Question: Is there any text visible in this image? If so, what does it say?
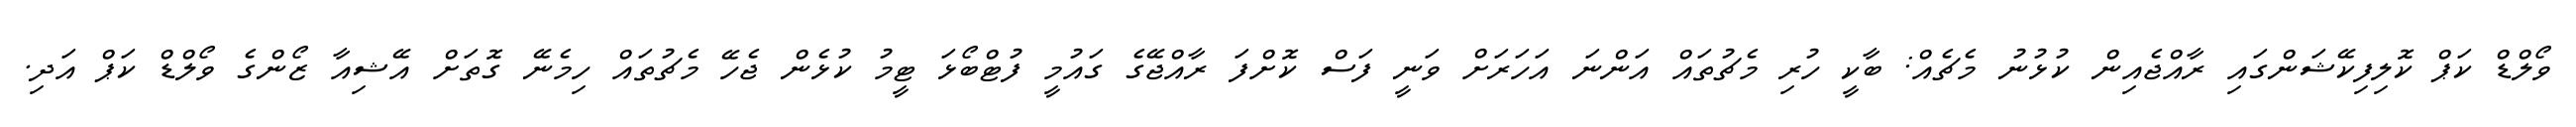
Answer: ވޯލްޑް ކަޕް ކޮލިފިކޭޝަންގައި ރާއްޖެއިން ކުޅުނު މެޗެއް: ބާކީ ހުރި މެޗުތައް އަންނަ އަހަރަށް ވަނީ ފަސް ކޮށްފަ ރާއްޖޭގެ ގައުމީ ފުޓްބޯޅަ ޓީމު ކުޅެން ޖެހޭ މެޗުތައް ހިމެނޭ ގޮތަށް އޭޝިއާ ޒޯންގެ ވޯލްޑް ކަޕް އަދި.